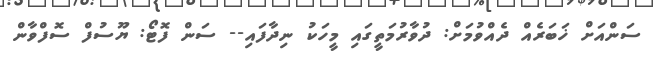
ސަންއަށް ޚަބަރެއް ދެއްވުމަށް: ދުވާރުމަތީގައި މީހަކު ނިދާފައި-- ސަން ފޮޓޯ: ޔޫސުފް ސޮފްވާން